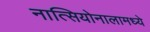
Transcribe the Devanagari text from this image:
नात्सियोनालामध्ये